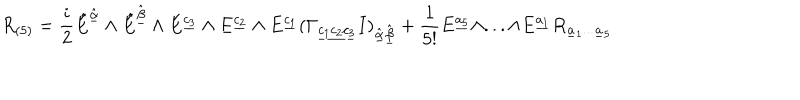
R _ { ( 5 ) } = { \frac { i } { 2 } } \hat { E } ^ { \hat { \underline { { \alpha } } } } \wedge \hat { E } ^ { \hat { \underline { { \beta } } } } \wedge E ^ { { \underline { { { c _ { 3 } } } } } } \wedge E ^ { { \underline { { { c _ { 2 } } } } } } \wedge E ^ { { \underline { { { c _ { 1 } } } } } } ( \Gamma _ { { \underline { { { c _ { 1 } c _ { 2 } c _ { 3 } } } } } } I ) _ { \hat { \underline { { { \alpha } } } } \hat { \underline { { { \beta } } } } } + { \frac { 1 } { 5 ! } } E ^ { { \underline { { { a _ { 5 } } } } } } \wedge . . . \wedge E ^ { { \underline { { { a _ { 1 } } } } } } R _ { \underline { { { a } } } _ { 1 } . . . \underline { { { a } } } _ { 5 } }